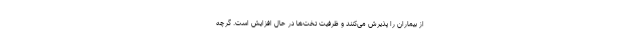
از بیماران را پذیرش می‌کنند و ظرفیت تخت‌ها در حال افزایش است. گرچه